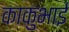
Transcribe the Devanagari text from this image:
काकुभाई